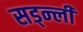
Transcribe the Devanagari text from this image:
सड्न्ली